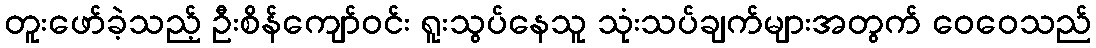
တူးဖော်ခဲ့သည့် ဦးစိန်ကျော်ဝင်း ရူးသွပ်နေသူ သုံးသပ်ချက်များအတွက် ဝေဝေသည်